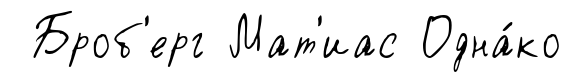
Броб'ерг Мат'иас Одна́ко